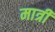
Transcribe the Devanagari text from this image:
मात्री